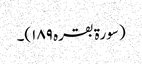
(سورۃ بقرہ ۱۸۹)۔